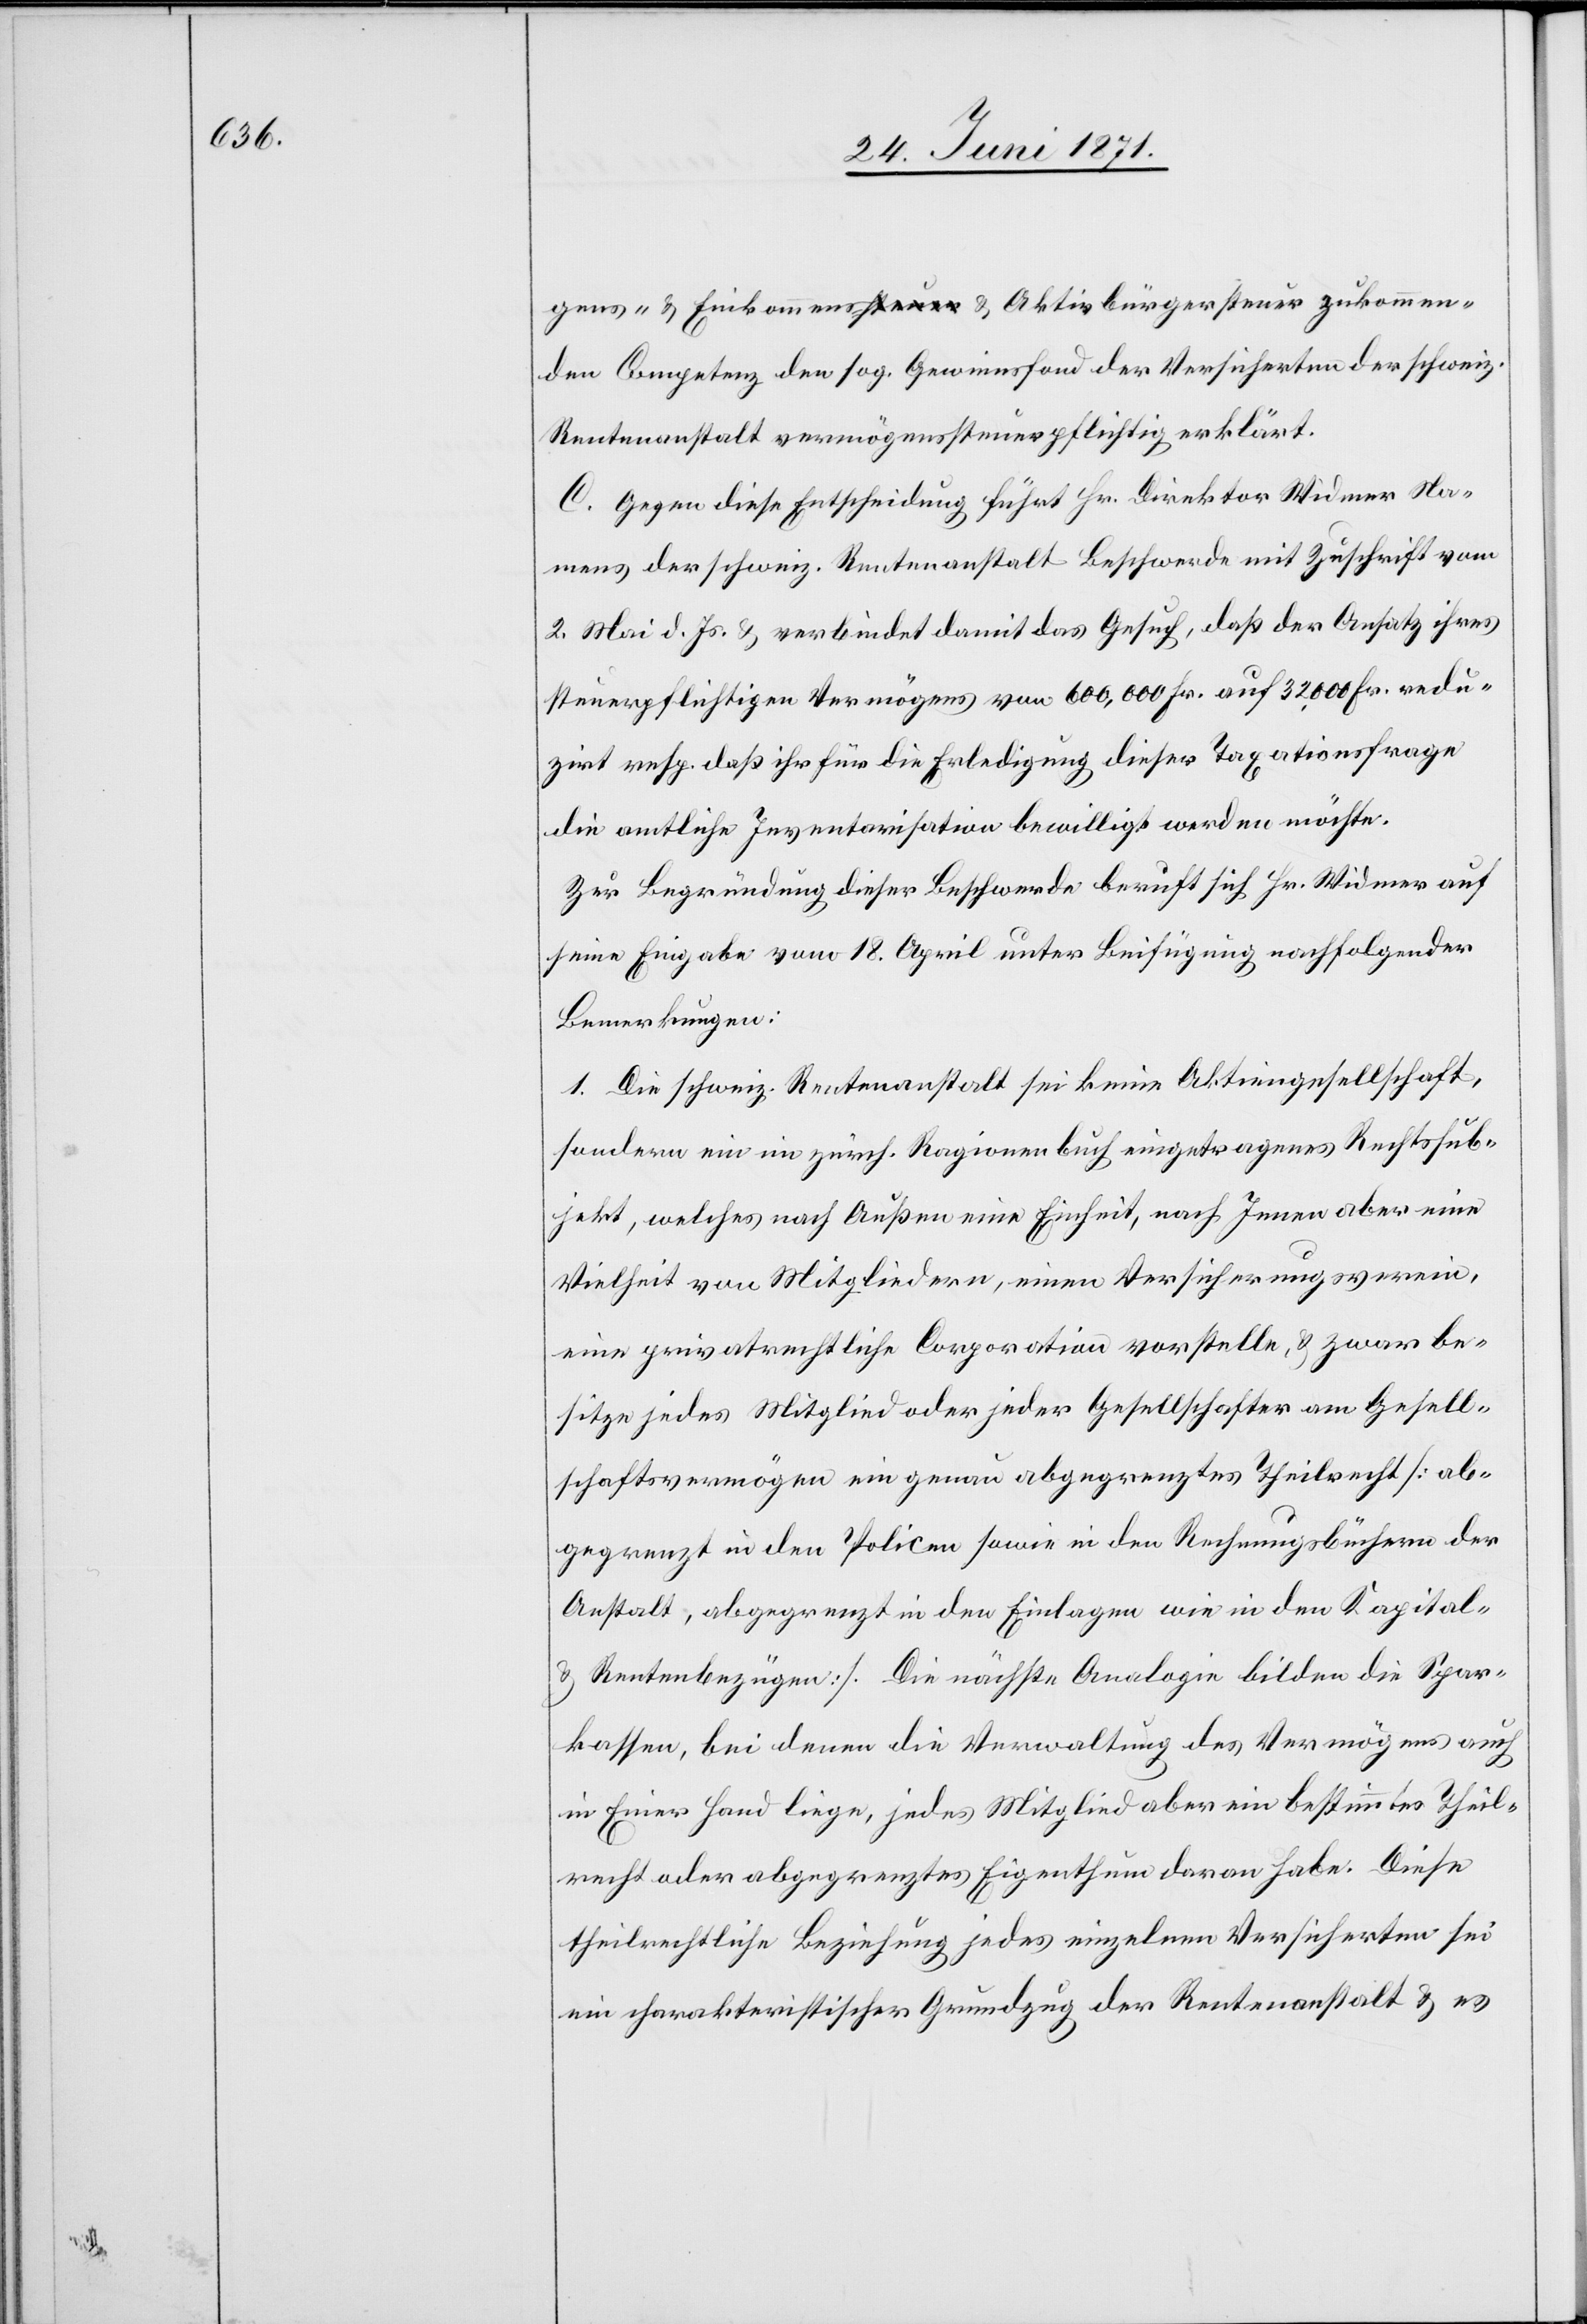
gens- u. Einkommenssteuer u. Aktivbürgersteuer zukommen¬
den Competenz den sog. Gewinnfond der Versicherten der schweiz.
Rentenanstalt vermögenssteuerpflichtig erklärt.
C. Gegen diese Entscheidung führt Hr. Direktor Widmer Na¬
mens der schweiz. Rentenanstalt Beschwerde mit Zuschrift vom
2. Mai d. Js. u. verbindet damit das Gesuch, daß der Ansatz ihres
steuerpflichtigen Vermögens von 600,000 Fr. auf 32,000 Fr. redu¬
zirt resp. daß ihr für die Erledigung dieser Taxationsfrage
die amtliche Inventarisation bewilligt werden möchte.
Zur Begründung dieser Beschwerde beruht sich Hr. Widmer auf
seine Eingabe vom 18. April unter Beifügung nachfolgender
Bemerkungen:
1. Die schweiz. Rentenanstalt sei keine Aktiengesellschaft,
sondern ein im zürch. Ragionenbuch eingetragenes Rechtssub¬
jekt, welches nach Außen eine Einheit, nach Innen aber eine
Vielheit von Mitgliedern, einen Versicherungsverein,
eine privatrechtliche Corporation vorstelle, u. zwar be¬
sitze jedes Mitglied oder jeder Gesellschafter am Gesell¬
schaftsvermögen ein genau abgegrenztes Theilrecht [ab¬
gegrenzt in den Policen sowie in den Rechnungsbüchern der
Anstalt, abgegrenzt in den Einlagen wie in den Kapital-
u. Rentenbezügen]. Die nächste Analogie bilden die Spar¬
kassen, bei denen die Verwaltung des Vermögens auch
in Einer Hand liege, jedes Mitglied aber ein bestimmtes Theil¬
recht oder abgegrenztes Eigenthum daran habe. Diese
theilrechtliche Beziehung jedes einzelnen Versicherten sei
ein charakteristischer Grundzug der Rentenanstalt u. es